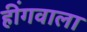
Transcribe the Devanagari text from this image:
हींगवाला